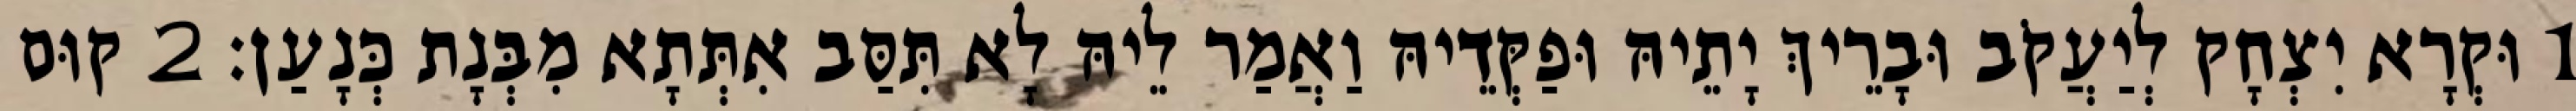
1 וּקְרָא יִצְחָק לְיַעֲקֹב וּבָרֵיךְ יָתֵיהּ וּפַקְּדֵיהּ וַאֲמַר לֵיהּ לָא תִּסַּב אִתְּתָא מִבְּנָת כְּנָעַן׃ 2 קוּם